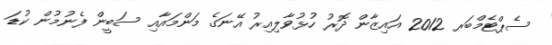
ސެޕްޓެމްބަރ 2012 އައިޒާން ދޮރު ހުޅުވާލިއިރު އޭނަގެ މަންމައާއި ސަބީން ފެނުމުން ކުޑަ